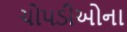
ચોપડીઓના